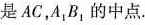
是AC，A1B，的中点.